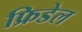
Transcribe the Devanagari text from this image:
फ्रिडेल